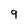
Character: 9